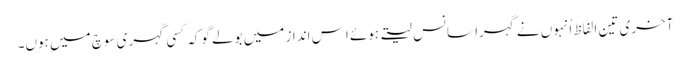
آخری تین الفاظ اُنہوں نے گہرا سانس لیتے ہوئے اِس انداز میں بولے گوکہ کسی گہری سوچ میں ہوں۔